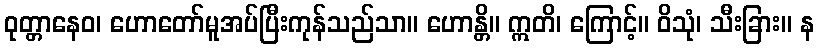
ဝုတ္တာနေဝ၊ ဟောတော်မူအပ်ပြီးကုန်သည်သာ။ ဟောန္တိ။ ဣတိ၊ ကြောင့်။ ဝိသုံ၊ သီးခြား။ န